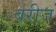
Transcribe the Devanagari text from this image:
बरीज